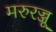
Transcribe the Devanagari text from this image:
मरुरज्जू